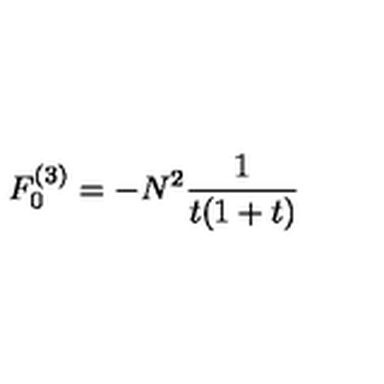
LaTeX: F _ { 0 } ^ { ( 3 ) } = - { N ^ { 2 } } { \frac { 1 } { t ( 1 + t ) } }